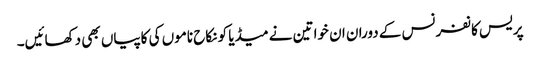
پریس کانفرنس کے دوران ان خواتین نے میڈیا کو نکاح ناموں کی کاپیاں بھی دکھائیں۔